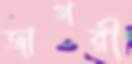
জাগরী